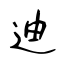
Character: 迪